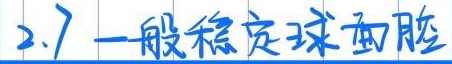
2.7 一般稳定球面腔